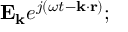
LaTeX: \mathbf { E _ { k } } e ^ { j ( \omega t - \mathbf { k \cdot r } ) } ;